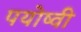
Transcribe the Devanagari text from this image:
पयोष्वी